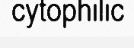
cytophilic